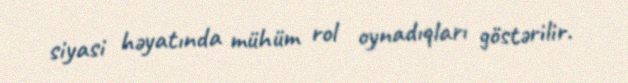
siyasi həyatında mühüm rol oynadıqları göstərilir.